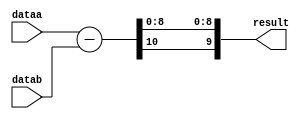
module signed_sub
#(parameter WIDTH=10)
(
	input signed [WIDTH-1:0] dataa,
	input signed [WIDTH-1:0] datab,
	output [WIDTH-1:0] result
);

wire [WIDTH:0] temp_result;

assign temp_result = dataa - datab;

assign result = {temp_result[WIDTH], temp_result[WIDTH-2:0]};


endmodule